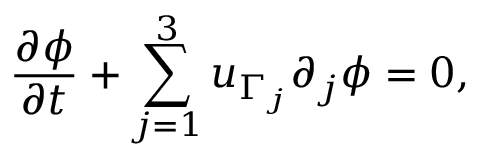
\frac { \partial \phi } { \partial t } + \sum _ { j = 1 } ^ { 3 } u _ { \Gamma _ { j } } \partial _ { j } \phi = 0 ,